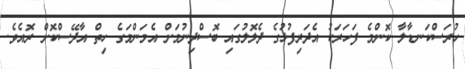
ހުރަސްކަނޑާލާ ކޮންމެ ފަހަރަކު އެދަރިފުޅުގެ ދެލޮލުގައި ބޮސްދިނުމަށް އެމަންމަގެ ހިތް އާދޭސްކޮށް ރޮއެވެ.